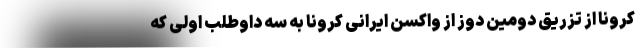
کرونا از تزریق دومین دوز از واکسن ایرانی کرونا به سه داوطلب اولی که